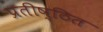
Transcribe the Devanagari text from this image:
प्रतीष्ठित